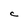
Character: C